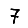
Digit: 7